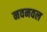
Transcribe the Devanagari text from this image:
नवनवल